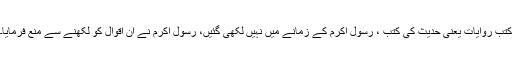
کتب روایات یعنی حدیث کی کتب ، رسول اکرم کے زمانے میں نہیں لکھی گئیں، رسول اکرم نے ان اقوال کو لکھنے سے منع فرمایا۔